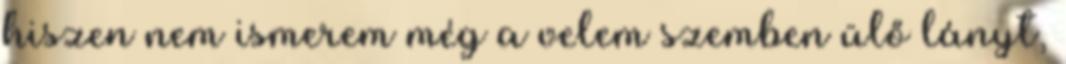
hiszen nem ismerem még a velem szemben ülő lányt,